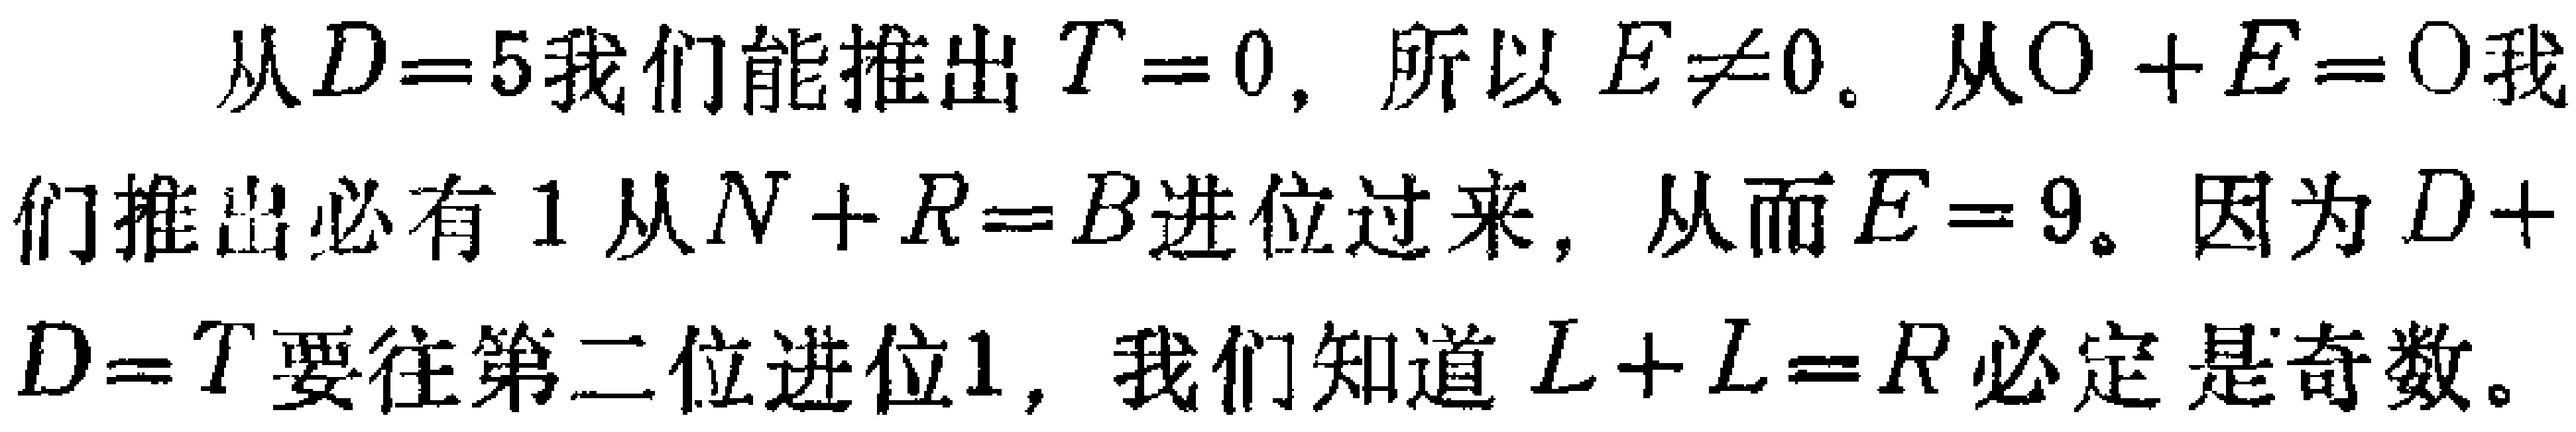
从\(D = 5\)我们能推出\(T = 0\)，所以\(E\neq0\)。从\(O + E = 0\)我们推出必有\(1\)从\(N + R = B\)进位过来，从而\(E = 9\)。因为\(D + D = T\)要往第二位进位\(1\)，我们知道\(L + L = R\)必定是奇数。